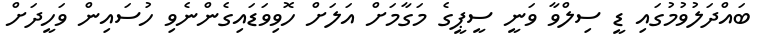
ބައްދަލުވުމުގައި ޑީ ސިލްވާ ވަނީ ސީޕީގެ މަގާމަށް އަލަށް ހޮވިވަޑައިގެންނެވި ހުސައިން ވަހީދަށް